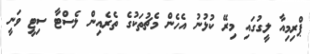
ޕްރިމިއާ ލީގުގައި މިރޭ ކުޅުނު އެހެން މެޗުތަކުގެ ތެރެއިން ލެސްޓާ ސިޓީ ވަނީ